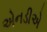
એનડીએ